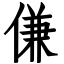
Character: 傔